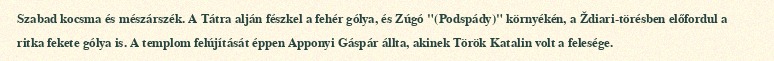
Szabad kocsma és mészárszék. A Tátra alján fészkel a fehér gólya, és Zúgó "(Podspády)" környékén, a Ždiari-törésben előfordul a ritka fekete gólya is. A templom felújítását éppen Apponyi Gáspár állta, akinek Török Katalin volt a felesége.